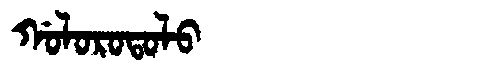
Manchu: ᡤᠣᠯᠣᡵᠣᡨᠣᠯᠣ
Romanization: GOLOROTOLO